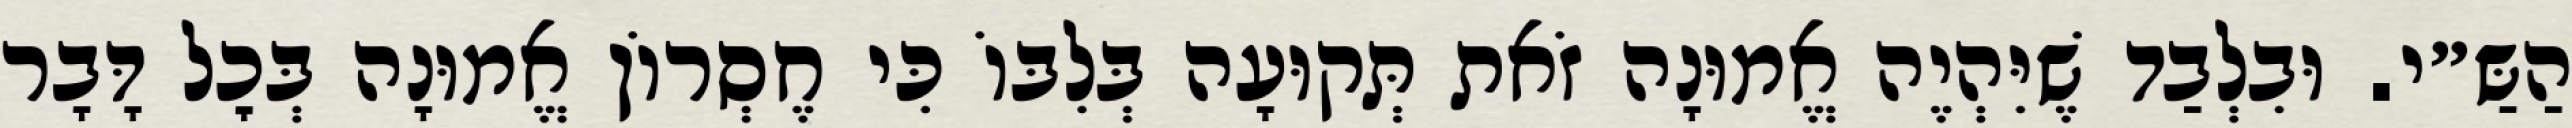
הַשַּ״י. וּבִלְבַד שֶׁיִּהְיֶה אֱמוּנָה זֹאת תְּקוּעָה בְּלִבּוֹ כִּי חֶסְרוֹן אֱמוּנָה בְּכׇל דָּבָר